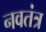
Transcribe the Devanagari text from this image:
नवतंत्र